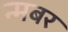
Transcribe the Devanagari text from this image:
न्मबर